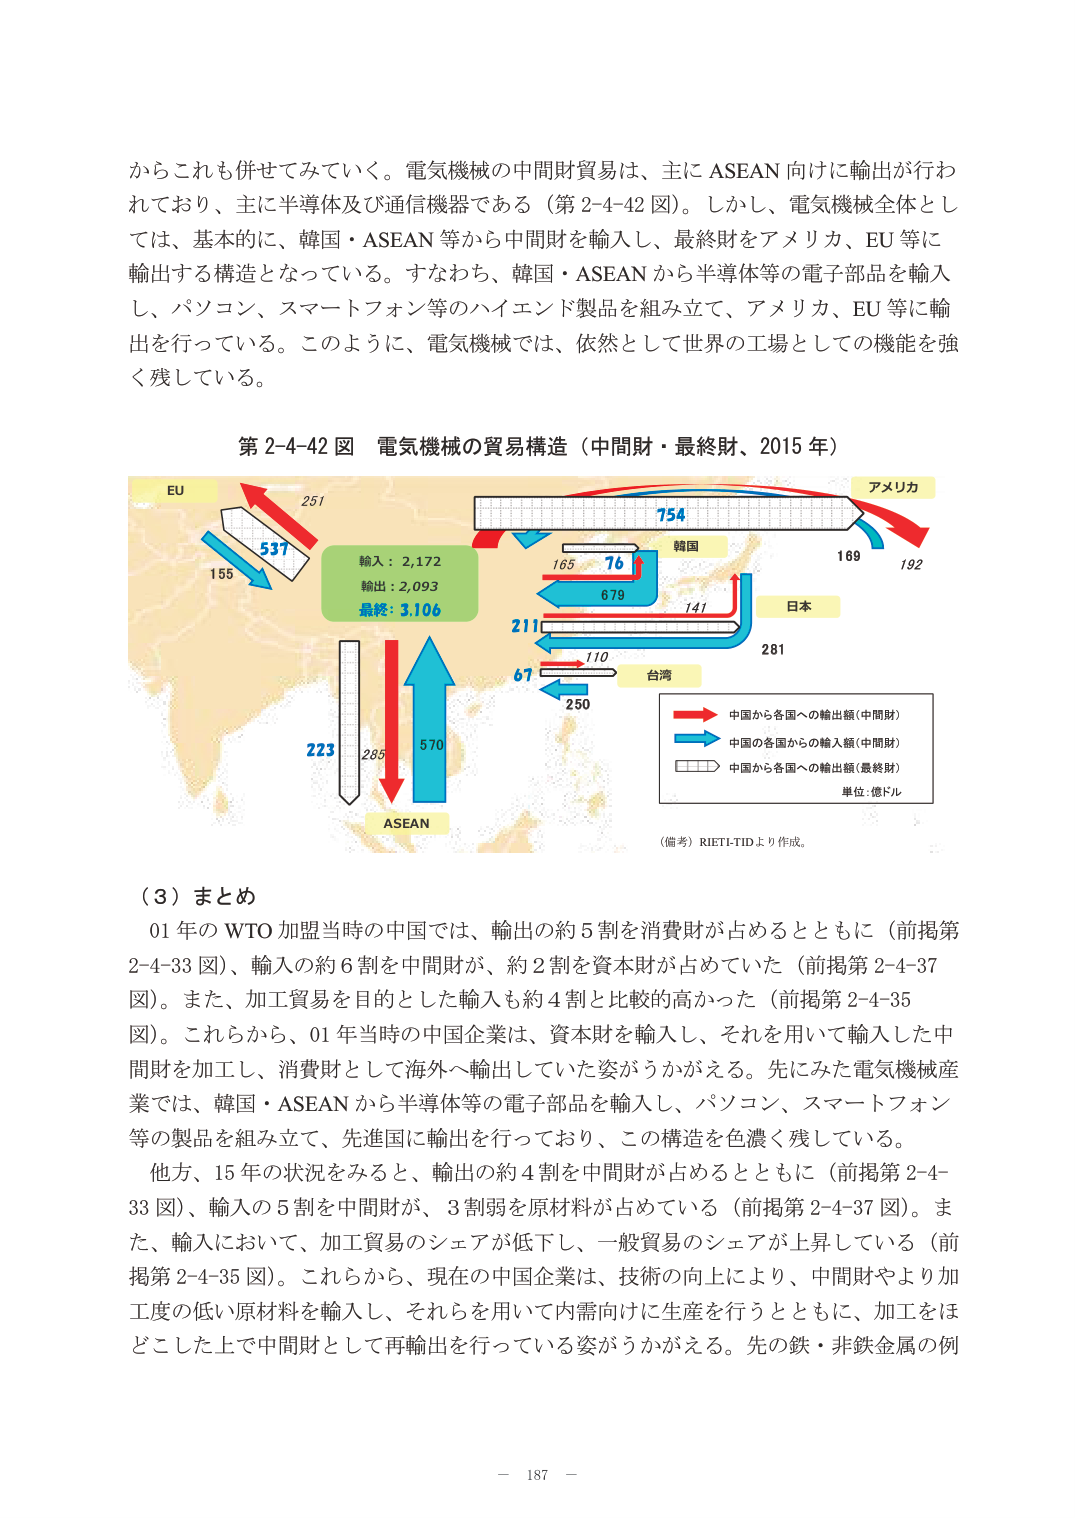
からこれも併せてみていく。電気機械の中間財貿易は、主にASEAN向けに輸出が行われており、主に半導体及び通信機器である（第2-4-42図）。しかし、電気機械全体としては、基本的に、韓国・ASEAN等から中間財を輸入し、最終財をアメリカ、EU等に輸出する構造となっている。すなわち、韓国・ASEANから半導体等の電子部品を輸入し、パソコン、スマートフォン等のハイエンド製品を組み立て、アメリカ、EU等に輸出を行っている。このように、電気機械では、依然として世界の工場としての機能を強く残している。

第2-4-42図 電気機械の貿易構造（中間財・最終財、2015年）

EU
251
537
155
輸入：2,172
輸出：2,093
最終：3,106
754
韓国
165
76
679
141
アメリカ
169
192
日本
211
110
67
250
台湾
281
223
285
570
ASEAN

→ 中国から各国への輸出額（中間財）
→ 中国の各国からの輸入額（中間財）
→ 中国から各国への輸出額（最終財）
単位：億ドル

（備考）RIETI-TIDより作成。

（3）まとめ

01年のWTO加盟当時の中国では、輸出の約5割を消費財が占めるとともに（前掲第2-4-33図）、輸入の約6割を中間財が、約2割を資本財が占めていた（前掲第2-4-37図）。また、加工貿易を目的とした輸入も約4割と比較的高かった（前掲第2-4-35図）。これらから、01年当時の中国企業は、資本財を輸入し、それを用いて輸入した中間財を加工し、消費財として海外へ輸出していた姿がうかがえる。先にみた電気機械産業では、韓国・ASEANから半導体等の電子部品を輸入し、パソコン、スマートフォン等の製品を組み立て、先進国に輸出を行っており、この構造を色濃く残している。

他方、15年の状況をみると、輸出の約4割を中間財が占めるとともに（前掲第2-4-33図）、輸入の5割を中間財が、3割弱を原材料が占めている（前掲第2-4-37図）。また、輸入において、加工貿易のシェアが低下し、一般貿易のシェアが上昇している（前掲第2-4-35図）。これらから、現在の中国企業は、技術の向上により、中間財やより加工度の低い原材料を輸入し、それらを用いて内需向けに生産を行うとともに、加工をほどこした上で中間財として再輸出を行っている姿がうかがえる。先の鉄・非鉄金属の例

－ 187 －